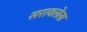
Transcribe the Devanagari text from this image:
सरावलेला